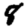
Digit: 8